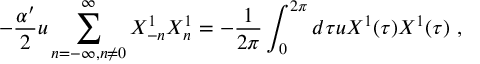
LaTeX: - \frac { \alpha ^ { \prime } } { 2 } u \sum _ { n = - \infty , n \neq 0 } ^ { \infty } X _ { - n } ^ { 1 } X _ { n } ^ { 1 } = - \frac { 1 } { 2 \pi } \int _ { 0 } ^ { 2 \pi } d \tau u X ^ { 1 } ( \tau ) X ^ { 1 } ( \tau ) \ ,